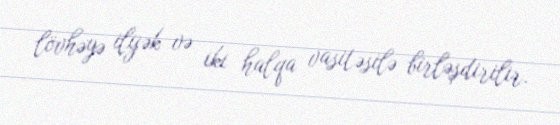
lövhəyə ilgək və iki halqa vasitəsilə birləşdirilir.